Indian journal of veterinary science and animal husbandry - Volumes 15-17, 1948-1951
Year: 1948
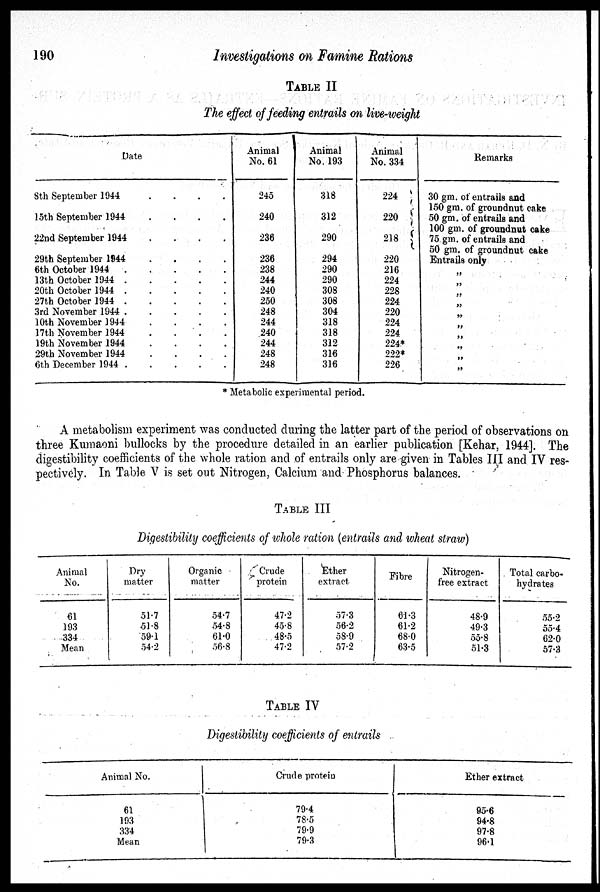
190
Investigations on Famine Rations
TABLE II
The effect of feeding entrails on live-weight
Date
8th September 1944 . . . .
15th September 1944
.
.
.
.
22nd September 1944
.
.
.
.
29th September 1944
.
.
.
.
6th October 1944 . . . .
13th October 1944 . . . .
20th October 1944 . . . .
27th October 1944 . . . .
3rd November 1944 . . . .
10th November 1944 . . . .
17th November 1944 . . . .
19th November 1944
.
.
.
.
29th November 1944 . . . .
6th December 1944 . . . .
Animal
No. 61
245
240
236
236
238
244
240
250
248
244
240
244
248
248
Animal
No. 193
318
312
290
294
290
290
308
308
304
318
318
312
316
316
Animal
No. 334
224
220
218
220
216
224
228
224
220
224
224
224*
222*
226
Remarks
30 gm. of entrails and
150 gm. of groundnut cake
50 gm. of entrails and
100 gm. of groundnut cake
75 gm. of entrails and
50 gm. of groundnut cake
Entrails only
„
„
„
„
„
„
„
„
„
„
* Metabolic experimental period.
A metabolism experiment was conducted during the latter part of the period of observations on
three Kumaoni bullocks by the procedure detailed in an earlier publication [Kehar, 1944]. The
digestibility coefficients of the whole ration and of entrails only are given in Tables III and IV res-
pectively. In Table V is set out Nitrogen, Calcium and Phosphorus balances.
TABLE III
Digestibility coefficients of whole ration (entrails and wheat straw)
Animal
No.
61
193
334
Mean
Dry
matter
51.7
51.8
59.1
54.2
Organic
matter
54.7
54.8
61.0
56.8
Crude
protein
47.2
45.8
48.5
47.2
Ether
extract
57.3
56.2
58.9
57.2
Fibre
61.3
61.2
68.0
63.5
Nitrogen-
free extract
48.9
49.3
55.8
51.3
Total carbo-
hydrates
55.2
55.4
62.0
57.3
TABLE IV
Digestibility coefficients of entrails
Animal No.
61
193
334
Mean
Crude proteiu
79.4
78.5
79.9
79.3
Ether extract
95.6
94.8
97.8
96.1